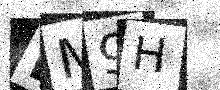
Text: DM9H